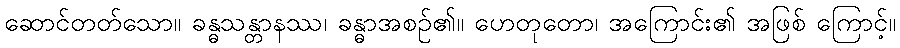
ဆောင်တတ်သော။ ခန္ဓသန္တာနဿ၊ ခန္ဓာအစဉ်၏။ ဟေတုတော၊ အကြောင်း၏ အဖြစ် ကြောင့်။